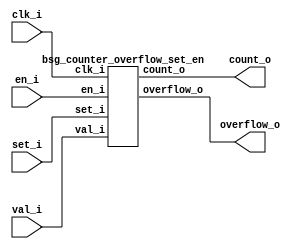


module top
(
  clk_i,
  en_i,
  set_i,
  val_i,
  count_o,
  overflow_o
);

  input [23:0] val_i;
  output [23:0] count_o;
  input clk_i;
  input en_i;
  input set_i;
  output overflow_o;

  bsg_counter_overflow_set_en
  wrapper
  (
    .val_i(val_i),
    .count_o(count_o),
    .clk_i(clk_i),
    .en_i(en_i),
    .set_i(set_i),
    .overflow_o(overflow_o)
  );


endmodule



module bsg_counter_overflow_set_en
(
  clk_i,
  en_i,
  set_i,
  val_i,
  count_o,
  overflow_o
);

  input [23:0] val_i;
  output [23:0] count_o;
  input clk_i;
  input en_i;
  input set_i;
  output overflow_o;
  wire [23:0] count_o;
  wire overflow_o,N0,N1,N2,N3,N4,N5,N6,N7,N8,N9,N10,N11,N12,N13,N14,N15,N16,N17,N18,
  N19,N20,N21,N22,N23,N24,N25,N26,N27,N28,N29,N30,N31,N32,N33,N34,N35,N36,N37,N38,
  N39,N40,N41,N42,N43,N44,N45,N46,N47,N48,N49,N50,N51,N52,N53,N54,N55,N56,N57,N58,
  N59,N60,N61,N62,N63,N64,N65,N66,N67,N68,N69,N70,N71,N72,N73,N74,N75,N76,N77,N78,
  N79,N80,N81,N82,N83,N84,N85,N86,N87,N88;
  reg count_o_23_sv2v_reg,count_o_22_sv2v_reg,count_o_21_sv2v_reg,count_o_20_sv2v_reg,
  count_o_19_sv2v_reg,count_o_18_sv2v_reg,count_o_17_sv2v_reg,count_o_16_sv2v_reg,
  count_o_15_sv2v_reg,count_o_14_sv2v_reg,count_o_13_sv2v_reg,count_o_12_sv2v_reg,
  count_o_11_sv2v_reg,count_o_10_sv2v_reg,count_o_9_sv2v_reg,count_o_8_sv2v_reg,
  count_o_7_sv2v_reg,count_o_6_sv2v_reg,count_o_5_sv2v_reg,count_o_4_sv2v_reg,
  count_o_3_sv2v_reg,count_o_2_sv2v_reg,count_o_1_sv2v_reg,count_o_0_sv2v_reg;
  assign count_o[23] = count_o_23_sv2v_reg;
  assign count_o[22] = count_o_22_sv2v_reg;
  assign count_o[21] = count_o_21_sv2v_reg;
  assign count_o[20] = count_o_20_sv2v_reg;
  assign count_o[19] = count_o_19_sv2v_reg;
  assign count_o[18] = count_o_18_sv2v_reg;
  assign count_o[17] = count_o_17_sv2v_reg;
  assign count_o[16] = count_o_16_sv2v_reg;
  assign count_o[15] = count_o_15_sv2v_reg;
  assign count_o[14] = count_o_14_sv2v_reg;
  assign count_o[13] = count_o_13_sv2v_reg;
  assign count_o[12] = count_o_12_sv2v_reg;
  assign count_o[11] = count_o_11_sv2v_reg;
  assign count_o[10] = count_o_10_sv2v_reg;
  assign count_o[9] = count_o_9_sv2v_reg;
  assign count_o[8] = count_o_8_sv2v_reg;
  assign count_o[7] = count_o_7_sv2v_reg;
  assign count_o[6] = count_o_6_sv2v_reg;
  assign count_o[5] = count_o_5_sv2v_reg;
  assign count_o[4] = count_o_4_sv2v_reg;
  assign count_o[3] = count_o_3_sv2v_reg;
  assign count_o[2] = count_o_2_sv2v_reg;
  assign count_o[1] = count_o_1_sv2v_reg;
  assign count_o[0] = count_o_0_sv2v_reg;
  assign N58 = ~count_o[23];
  assign N59 = ~count_o[20];
  assign N60 = ~count_o[19];
  assign N61 = ~count_o[15];
  assign N62 = ~count_o[12];
  assign N63 = ~count_o[10];
  assign N64 = ~count_o[9];
  assign N65 = ~count_o[7];
  assign N66 = count_o[22] | N58;
  assign N67 = count_o[21] | N66;
  assign N68 = N59 | N67;
  assign N69 = N60 | N68;
  assign N70 = count_o[18] | N69;
  assign N71 = count_o[17] | N70;
  assign N72 = count_o[16] | N71;
  assign N73 = N61 | N72;
  assign N74 = count_o[14] | N73;
  assign N75 = count_o[13] | N74;
  assign N76 = N62 | N75;
  assign N77 = count_o[11] | N76;
  assign N78 = N63 | N77;
  assign N79 = N64 | N78;
  assign N80 = count_o[8] | N79;
  assign N81 = N65 | N80;
  assign N82 = count_o[6] | N81;
  assign N83 = count_o[5] | N82;
  assign N84 = count_o[4] | N83;
  assign N85 = count_o[3] | N84;
  assign N86 = count_o[2] | N85;
  assign N87 = count_o[1] | N86;
  assign N88 = count_o[0] | N87;
  assign overflow_o = ~N88;
  assign { N28, N27, N26, N25, N24, N23, N22, N21, N20, N19, N18, N17, N16, N15, N14, N13, N12, N11, N10, N9, N8, N7, N6, N5 } = count_o + 1'b1;
  assign N29 = (N0)? 1'b1 : 
               (N55)? 1'b1 : 
               (N57)? 1'b1 : 
               (N3)? 1'b0 : 1'b0;
  assign N0 = set_i;
  assign { N53, N52, N51, N50, N49, N48, N47, N46, N45, N44, N43, N42, N41, N40, N39, N38, N37, N36, N35, N34, N33, N32, N31, N30 } = (N0)? val_i : 
                                                                                                                                      (N55)? { 1'b0, 1'b0, 1'b0, 1'b0, 1'b0, 1'b0, 1'b0, 1'b0, 1'b0, 1'b0, 1'b0, 1'b0, 1'b0, 1'b0, 1'b0, 1'b0, 1'b0, 1'b0, 1'b0, 1'b0, 1'b0, 1'b0, 1'b0, 1'b0 } : 
                                                                                                                                      (N57)? { N28, N27, N26, N25, N24, N23, N22, N21, N20, N19, N18, N17, N16, N15, N14, N13, N12, N11, N10, N9, N8, N7, N6, N5 } : 1'b0;
  assign N1 = overflow_o | set_i;
  assign N2 = en_i | N1;
  assign N3 = ~N2;
  assign N4 = N57;
  assign N54 = ~set_i;
  assign N55 = overflow_o & N54;
  assign N56 = N54 & N88;
  assign N57 = en_i & N56;

  always @(posedge clk_i) begin
    if(N29) begin
      count_o_23_sv2v_reg <= N53;
      count_o_22_sv2v_reg <= N52;
      count_o_21_sv2v_reg <= N51;
      count_o_20_sv2v_reg <= N50;
      count_o_19_sv2v_reg <= N49;
      count_o_18_sv2v_reg <= N48;
      count_o_17_sv2v_reg <= N47;
      count_o_16_sv2v_reg <= N46;
      count_o_15_sv2v_reg <= N45;
      count_o_14_sv2v_reg <= N44;
      count_o_13_sv2v_reg <= N43;
      count_o_12_sv2v_reg <= N42;
      count_o_11_sv2v_reg <= N41;
      count_o_10_sv2v_reg <= N40;
      count_o_9_sv2v_reg <= N39;
      count_o_8_sv2v_reg <= N38;
      count_o_7_sv2v_reg <= N37;
      count_o_6_sv2v_reg <= N36;
      count_o_5_sv2v_reg <= N35;
      count_o_4_sv2v_reg <= N34;
      count_o_3_sv2v_reg <= N33;
      count_o_2_sv2v_reg <= N32;
      count_o_1_sv2v_reg <= N31;
      count_o_0_sv2v_reg <= N30;
    end 
  end


endmodule